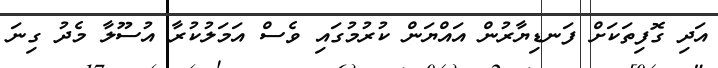
އަދި ގޮފިތަކަށް ފަނޑިޔާރުން އައްޔަން ކުރުމުގައި ވެސް އަމަލުކުރާ އުސޫލާ މެދު ގިނަ